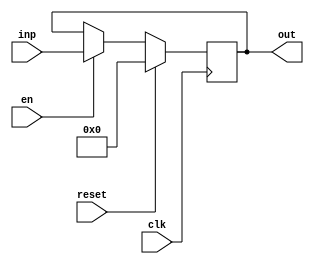
module registerNbits #(parameter N = 32) (clk,reset,en, inp, out);
	input clk,reset,en;
	output reg [N-1:0] out;
	input [N-1:0] inp;
	always @(posedge clk)
		begin
			if (reset) 
				out <= 'b0;
			else if(en)
				out <= inp;
			
		end
endmodule
module integrationMult #(parameter N = 32 ) (clk,reset,en,inputA,inputB,result);
input clk,reset,en;

input [N-1:0] inputA, inputB;
output [2*N-1:0] result;

wire [N-1:0] A_reg;
wire [N-1:0] B_reg;
wire [N-1:0] outA_reg;
wire [N-1:0] outB_reg;


registerNbits #(32) regA (clk,reset,en,inputA, A_reg);
registerNbits #(32) regB (clk,reset,en,inputB, B_reg);
mulTree multiplier (.x(A_reg) ,.y(B_reg) ,.out({outA_reg,outB_reg}));
registerNbits #(32) outA (clk,reset,en,outB_reg,result[N-1:0]);
registerNbits #(32) outB (clk,reset,en,outA_reg,result[2*N-1:N]);

endmodule